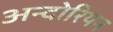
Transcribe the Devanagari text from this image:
अन्दोरियन